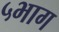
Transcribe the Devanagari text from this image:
५भाग